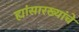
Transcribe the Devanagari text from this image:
ह्यांसारख्यांचे